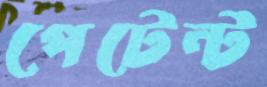
পেটেন্ট